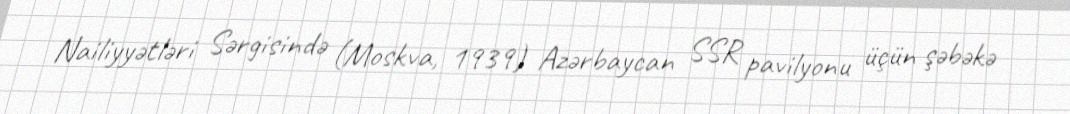
Nailiyyətləri Sərgisində (Moskva, 1939) Azərbaycan SSR pavilyonu üçün şəbəkə